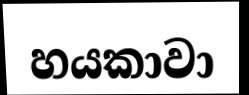
හයකාවා